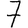
Digit: 7